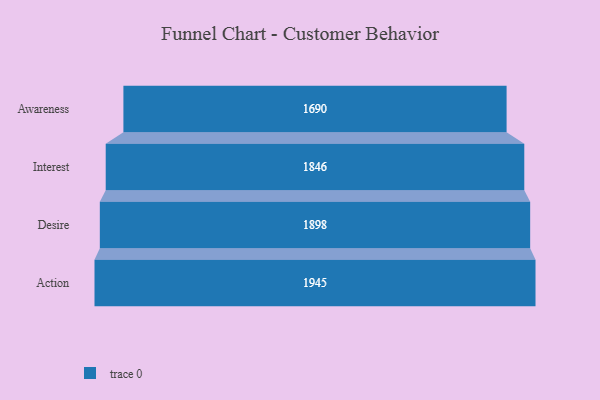
{"axis": {"x": "Stage", "y": "Value"}, "legend": [""], "data": [{"x": "Awareness", "y": 1690.0, "type": ""}, {"x": "Interest", "y": 1846.0, "type": ""}, {"x": "Desire", "y": 1898.0, "type": ""}, {"x": "Action", "y": 1945.0, "type": ""}]}